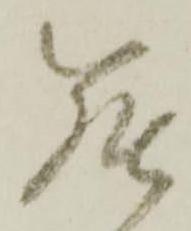
罷